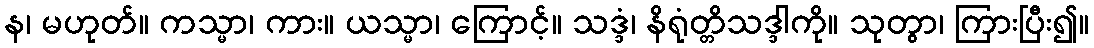
န၊ မဟုတ်။ ကသ္မာ၊ ကား။ ယသ္မာ၊ ကြောင့်။ သဒ္ဒံ၊ နိရုံတ္တိသဒ္ဒါကို။ သုတွာ၊ ကြားပြီး၍။